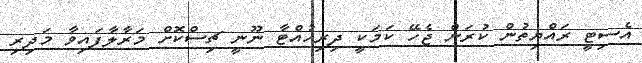
އެސިޓީ ރައްޔިތުން ކުރަން ޖެހޭ ކަމަކީ ދިރިހުއްޓާ ނޫނީ ޗިސްކޮށް މަރާލާފައިވާ މަދިރި